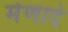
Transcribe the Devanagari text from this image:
मेणादे